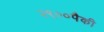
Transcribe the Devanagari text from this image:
२९००पैकी